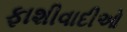
ફાશીવાદીઓ